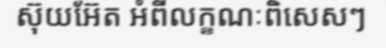
ស៊ុយអ៊ែត អំពីលក្ខណៈពិសេសៗ